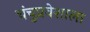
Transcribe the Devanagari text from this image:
चंचुप्रवेशाला